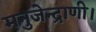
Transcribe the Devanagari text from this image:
मनुजेन्द्राणी।